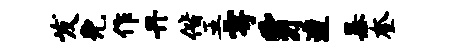
发免作丹偕五雩豸遭暴奎